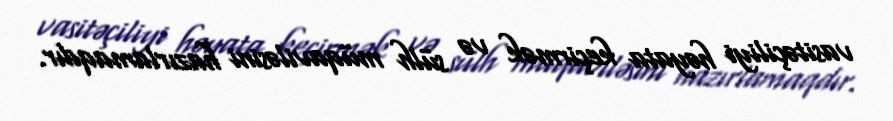
vasitəçiliyi həyata keçirmək və sülh müqaviləsini hazırlamaqdır.